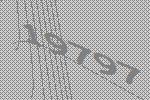
19797